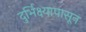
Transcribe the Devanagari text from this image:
दुर्भिक्ष्यापासून